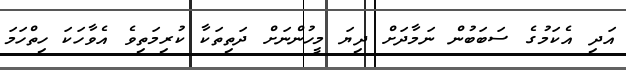
އަދި އެކަމުގެ ސަބަބުން ނަމާދަށް ދިޔަ މީހުންނަށް ދަތިތަކާ ކުރިމަތިވެ އެވާހަކަ ހިތްހަމަ